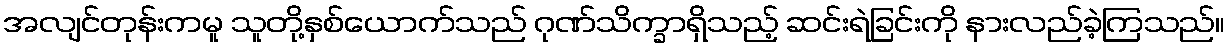
အလျင်တုန်းကမူ သူတို့နှစ်ယောက်သည် ဂုဏ်သိက္ခာရှိသည့် ဆင်းရဲခြင်းကို နားလည်ခဲ့ကြသည်။